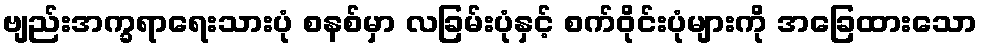
ဗျည်းအက္ခရာရေးသားပုံ စနစ်မှာ လခြမ်းပုံနှင့် စက်ဝိုင်းပုံများကို အခြေထားသော